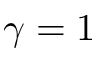
\gamma = 1